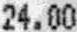
24.00